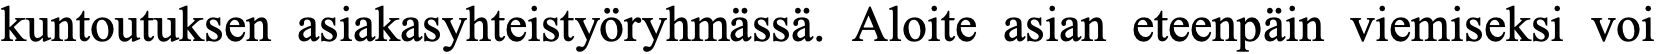
kuntoutuksen asiakasyhteistyöryhmässä. Aloite asian eteenpäin viemiseksi voi